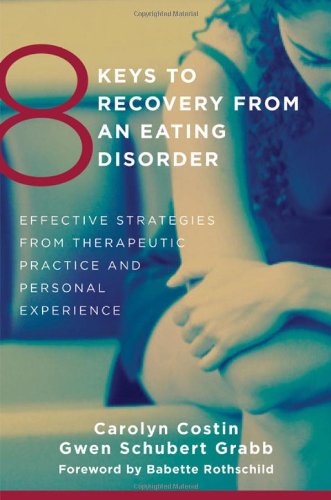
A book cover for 8 Keys to Recovery from an Eating Disorder: Effective Strategies from Therapeutic Practice and Personal Experience (8 Keys to Mental Health); Carolyn Costin; Self-Help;